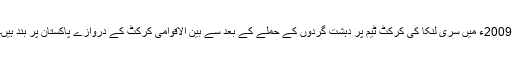
2009ء میں سری لنکا کی کرکٹ ٹیم پر دہشت گردوں کے حملے کے بعد سے بین الاقوامی کرکٹ کے دروازے پاکستان پر بند ہیں۔